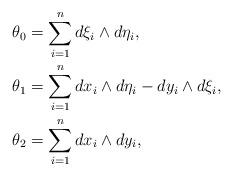
LaTeX: \begin{align*} \theta_0&=\sum_{i=1}^n d\xi_i\wedge d\eta_i,\\ \theta_1&= \sum_{i=1}^n dx_i\wedge d\eta_i- dy_i\wedge d\xi_i,\\ \theta_2&= \sum_{i=1}^n dx_i\wedge dy_i,\\\end{align*}